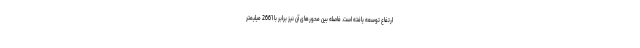
ارتفاع توسعه یافته است. فاصله بین محورهای آن نیز برابر با 2661 میلیمتر